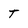
Character: t